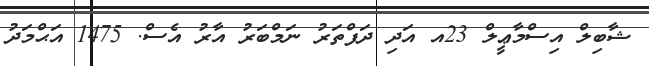
ޝާބިލް އިސްމާޢީލް 23އ އަދި ދަފްތަރު ނަމްބަރު އާރު އެސް. 1475 އަޙްމަދު